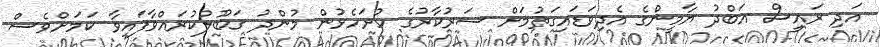
އަދި ރައީސް އަބްދު ޔާމީންގެ އެދިވަޑައިގަތުމަށް ސަރުކާރުގެ ހުށަހެޅުން މުންދު ގަބޫލުކުރައްވާފައިވާ ކަމަށްވެސް